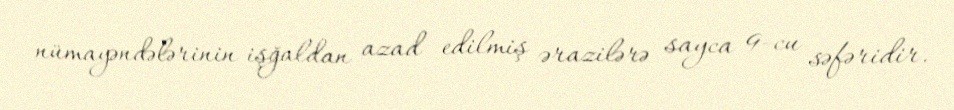
nümayəndələrinin işğaldan azad edilmiş ərazilərə sayca 9-cu səfəridir.